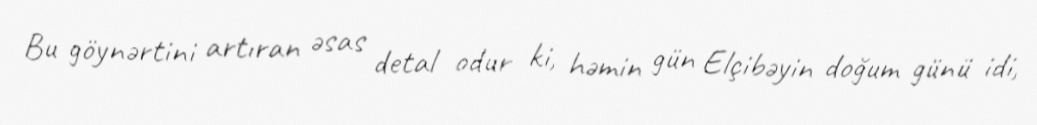
Bu göynərtini artıran əsas detal odur ki, həmin gün Elçibəyin doğum günü idi,